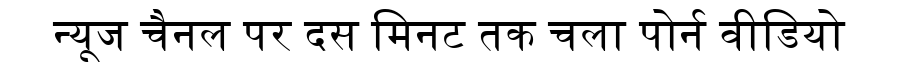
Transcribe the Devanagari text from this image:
न्यूज चैनल पर दस मिनट तक चला पोर्न वीडियो